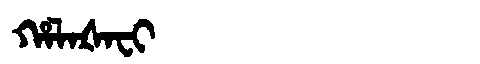
Manchu: ᡥᠠᠯᠠᡧᠠᠸᡳ
Romanization: HALAŠAFI